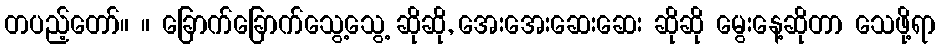
တပည့်တော်။ ။ ခြောက်ခြောက်သွေ့သွေ့ ဆိုဆို, အေးအေးဆေးဆေး ဆိုဆို မွေးနေ့ဆိုတာ သေဖို့ရာ